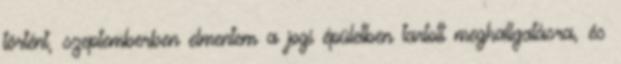
történt, szeptemberben elmentem a jogi épületben tartott meghallgatásra, és